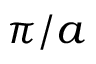
\pi / a